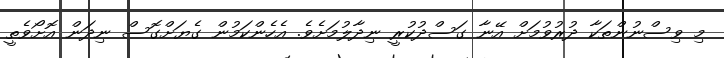
މި ވިސްނުންތަކާ ދުރުވުމަށް އޭނާ ގަސްދުކުރީ ނިދާލުމަށެވެ. އެހެންކަމުން ގެޔަށްގޮސް ނިދަން އޮށޯވެތީ